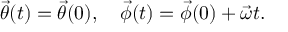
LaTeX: \vec { \theta } ( t ) = \vec { \theta } ( 0 ) , \quad \vec { \phi } ( t ) = \vec { \phi } ( 0 ) + \vec { \omega } t .